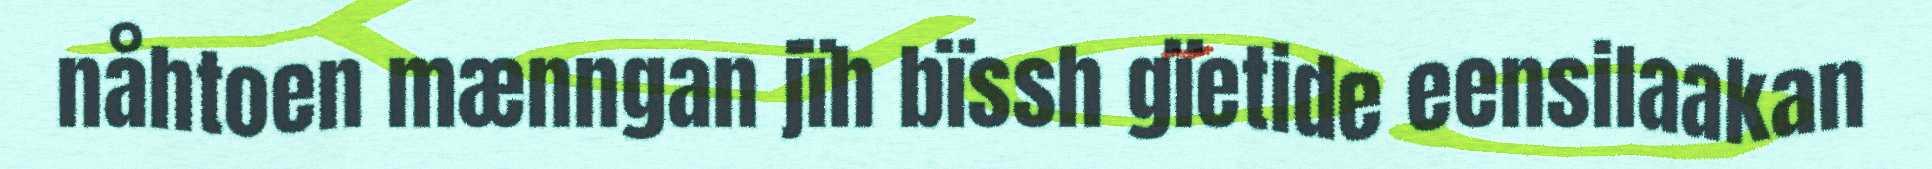
nåhtoen mænngan jïh bïssh gïetide eensilaakan